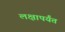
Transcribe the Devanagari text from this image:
लक्षापर्यंत